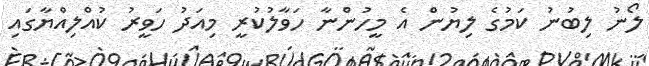
ލޯނު ލިބުނު ކަމުގެ ލިޔުން އެ މީހުންނާ ހަވާލުކުރީ މިއަދު ހަވީރު ކުއްލިއްޔާގައި